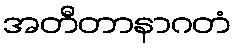
အတီတာနာဂတံ